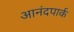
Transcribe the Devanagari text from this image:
आनंदपार्क